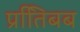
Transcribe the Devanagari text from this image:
प्रतििबब